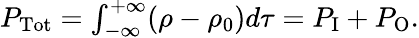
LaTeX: \begin{array}{r}{P_{\mathrm{Tot}}=\int_{-\infty}^{+\infty}(\rho-\rho_{0})d\tau=P_{\mathrm{I}}+P_{\mathrm{O}}.}\end{array}